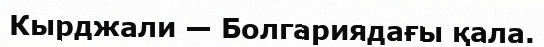
Кырджали — Болгариядағы қала.